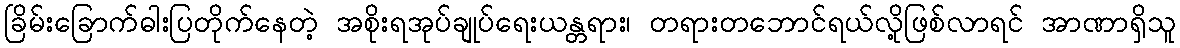
ခြိမ်းခြောက်ဓါးပြတိုက်နေတဲ့ အစိုးရအုပ်ချုပ်ရေးယန္တရား၊ တရားတဘောင်ရယ်လို့ဖြစ်လာရင် အာဏာရှိသူ